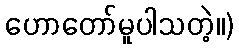
ဟောတော်မူပါသတဲ့။)